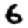
Digit: 6